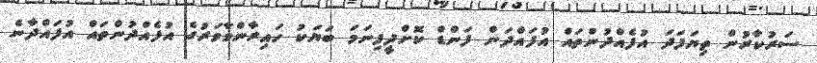
ސަރުކާރުން ތިޔަފަދަ އުފެއްދުންތައް އުފައްދަން ފަންޑް ކޮށްދީފިނަމަ ބަޔަކު ހައިރާންވާވަރުގެ އުފެއްދުންތައް އުފައްދާނެ